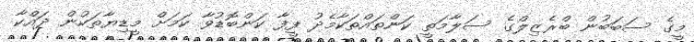
މީގެ ސަބަބުން ބްރެޒިލްގެ ސަލާމަތީ ކަންތައްތަކާމެދު ފީފާ ކަންބޮޑުވާ ކަމަށް މީޑިޔާތަކުން ދައްކާ